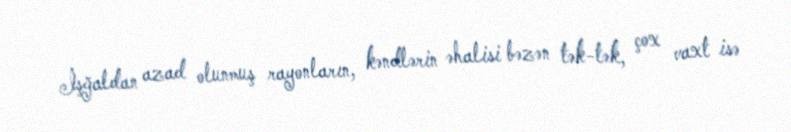
İşğaldan azad olunmuş rayonların, kəndlərin əhalisi bəzən tək-tək, çox vaxt isə